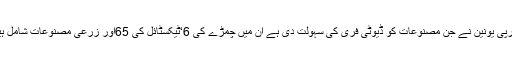
یورپی یونین نے جن مصنوعات کو ڈیوٹی فری کی سہولت دی ہے ان میں چمڑے کی 6‘ٹیکسٹائل کی 65اور زرعی مصنوعات شامل ہیں۔